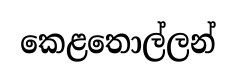
කෙළතොල්ලන්